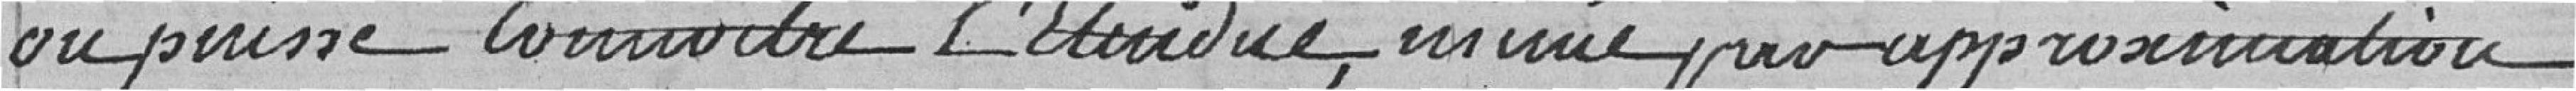
on puisse connaitre l'étendue, même pour approximation